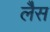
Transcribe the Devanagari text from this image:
लेैस